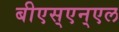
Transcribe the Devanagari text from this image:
बीएस्‌एन्‌एल